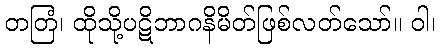
တတြံ၊ ထိုသို့ပဋိဘာဂနိမိတ်ဖြစ်လတ်သော်။ ဝါ၊